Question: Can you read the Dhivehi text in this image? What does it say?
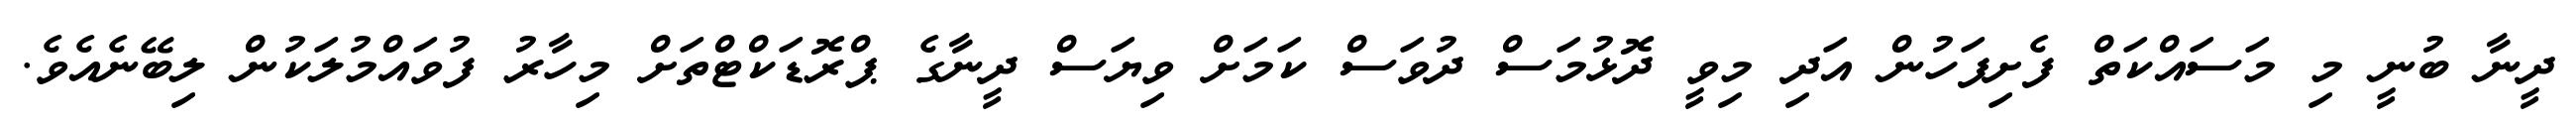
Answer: ދީނާ ބުނީ މި މަސައްކަތް ފެށިފަހުން އަދި މިވީ ދޮޅުމަސް ދުވަސް ކަމަށް ވިޔަސް ދީނާގެ ޕްރޮޑަކްޓްތަށް މިހާރު ފުވައްމުލަކުން ލިބޭނެއެވެ.